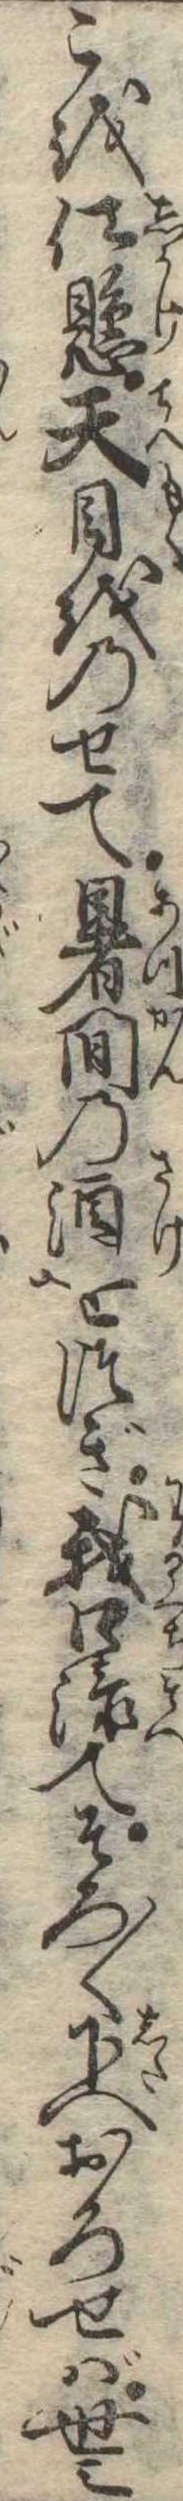
こを仕懸天目をのせて暑燗の酒をつぎ我口添てそろ〱下へおろせば世之